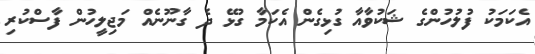
އެކަމަކު ފުލުހުންގެ ޝަކުވާއާ ގުޅިގެން އެކަމާ ގުޅޭ ދެ ގާނޫނެއް މަޖިލީހުން ފާސްކުރި